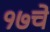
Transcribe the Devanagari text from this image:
१७चे